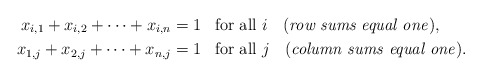
\begin{align*}x_{i,1} + x_{i,2} + \cdots + x_{i,n} &= 1 \textrm{ \, for all $i$ \; \textrm(\emph{row sums equal one})}, \\x_{1,j} + x_{2,j} + \cdots + x_{n,j} &= 1 \textrm{ \, for all $j$ \; (\emph{column sums equal one})}.\end{align*}